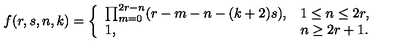
f ( r , s , n , k ) = \left\{ \begin{array} { l l } { \prod _ { m = 0 } ^ { 2 r - n } ( r - m - n - ( k + 2 ) s ) , } & { 1 \leq n \leq 2 r , } \\ { 1 , } & { n \geq 2 r + 1 . } \\ \end{array} \right.